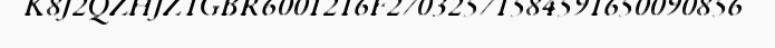
K8J2QZHJZ1GBR6001216F27032571584591650090856